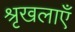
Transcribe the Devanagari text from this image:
श्रृखलाएँ